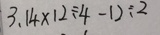
3 . 1 4 \times 1 2 \div 4 - 1 2 \div 2